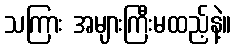
သကြား အများကြီးမထည့်နဲ့။